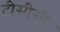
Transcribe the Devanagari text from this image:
टीसीसी